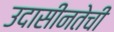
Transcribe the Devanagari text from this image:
उदासीनतेची